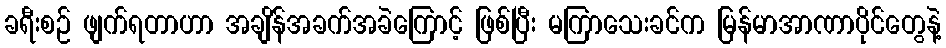
ခရီးစဉ် ဖျက်ရတာဟာ အချိန်အခက်အခဲကြောင့် ဖြစ်ပြီး မကြာသေးခင်က မြန်မာအာဏာပိုင်တွေနဲ့